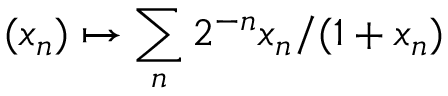
( x _ { n } ) \mapsto \sum _ { n } { 2 ^ { - n } x _ { n } / ( 1 + x _ { n } ) }